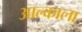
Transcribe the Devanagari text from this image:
आल्काला